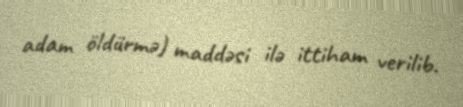
adam öldürmə) maddəsi ilə ittiham verilib.